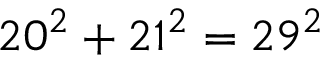
2 0 ^ { 2 } + 2 1 ^ { 2 } = 2 9 ^ { 2 }